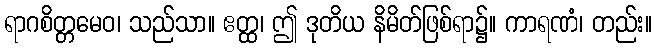
ရာဂစိတ္တမေဝ၊ သည်သာ။ ဧတ္ထ၊ ဤ ဒုတိယ နိမိတ်ဖြစ်ရာ၌။ ကာရဏံ၊ တည်း။